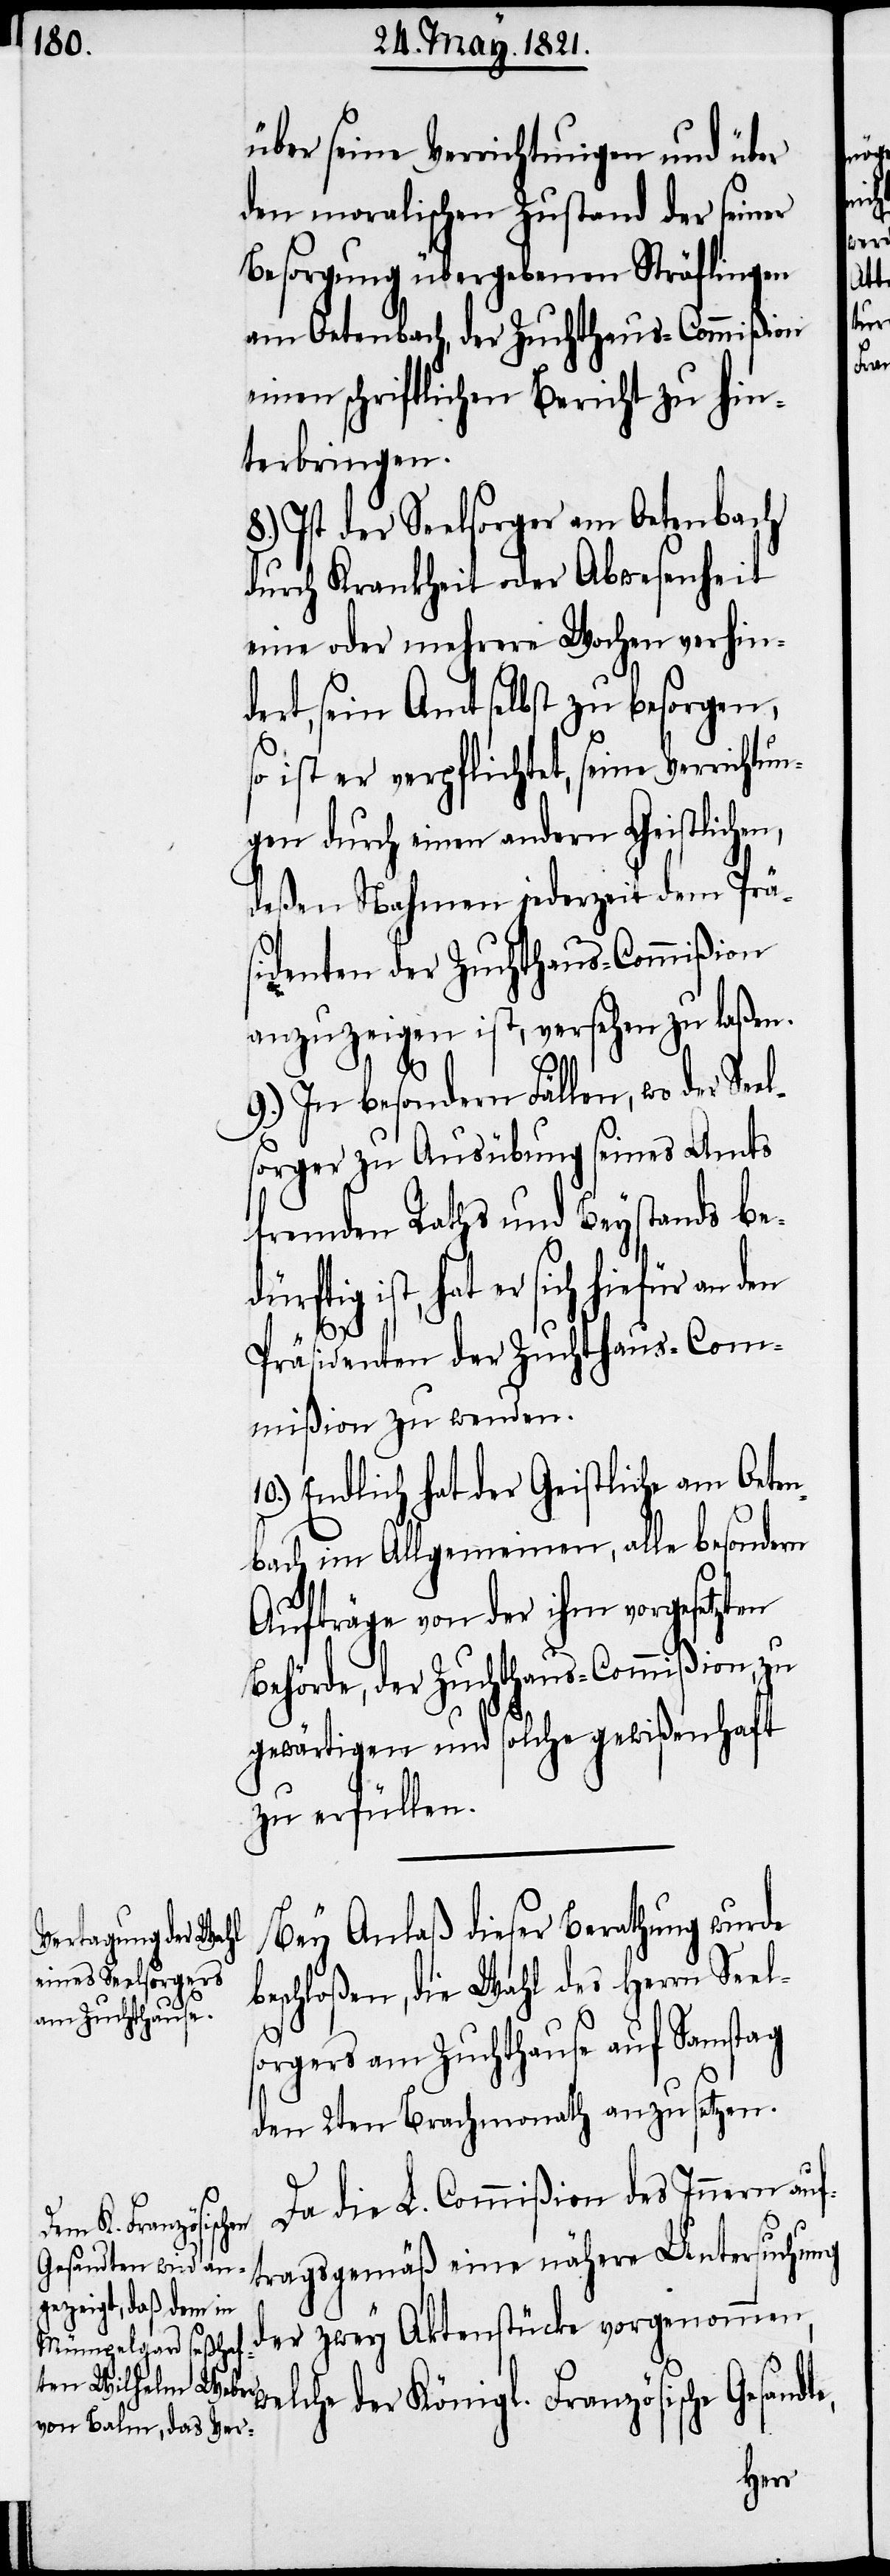
te,

über seine Verrichtungen und über
den moralischen Zustand der seiner
Besorgung übergebenen Sträflingen
am Oetenbach, der Zuchthaus-Commißion
einen schriftlichen Bericht zu hin¬
terbringen.
8.) Ist der Seelsorger am Oetenbach
durch Krankheit oder Abwesenheit
eine oder mehrere Wochen verhin¬
dert, sein Amt selbst zu besorgen,
so ist er verpflichtet, seine Verric¬
gen durch einen andern Geistlichen,
deßen Nahmen jederzeit dem Präs¬
identen der Zuchthaus-Commißion
anzuzeigen ist, versehen zu laßen.
9.) In besondern Fällen, wo der Seel¬
sorger zu Ausübung seines Amts
fremden Raths und Beystands be¬
dürftig ist, hat er sich hiefür an den
10.)
Präsidenten der Zuchthaus-Com¬
mißion zu wenden.
Endlich hat der Geistliche am Oeten¬
bach im Allgemeinen, alle besondern
Aufträge von der ihm vorgesetzten
Behörde, der Zuchthaus-Commißion, zu
gewärtigen und solche gewißenhaft
zu erfüllen.
Bey Anlaß dieser Berathung wurde
beschloßen, die Wahl des Herrn Seel¬
sorgers am Zuchthause auf Samstag
den 2ten Brachmonath anzusetzen.
Da die L. Commißion des Innern auf¬
tragsgemäß eine nähere Untersuchung
der zwey Aktenstücke vorgenommen,
lche der Königl. Französische Gesand¬